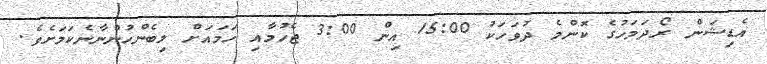
އެޑިޝަން ރޯދަމަހުގެ ކޮންމެ ދުވަހަކު 15:00 އިން 3:00 ޖެހުމާއި ހަމައަށް ލިބެންހުންނާނެކަމަށެވެ.